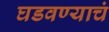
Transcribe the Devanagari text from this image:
घडवण्याचं